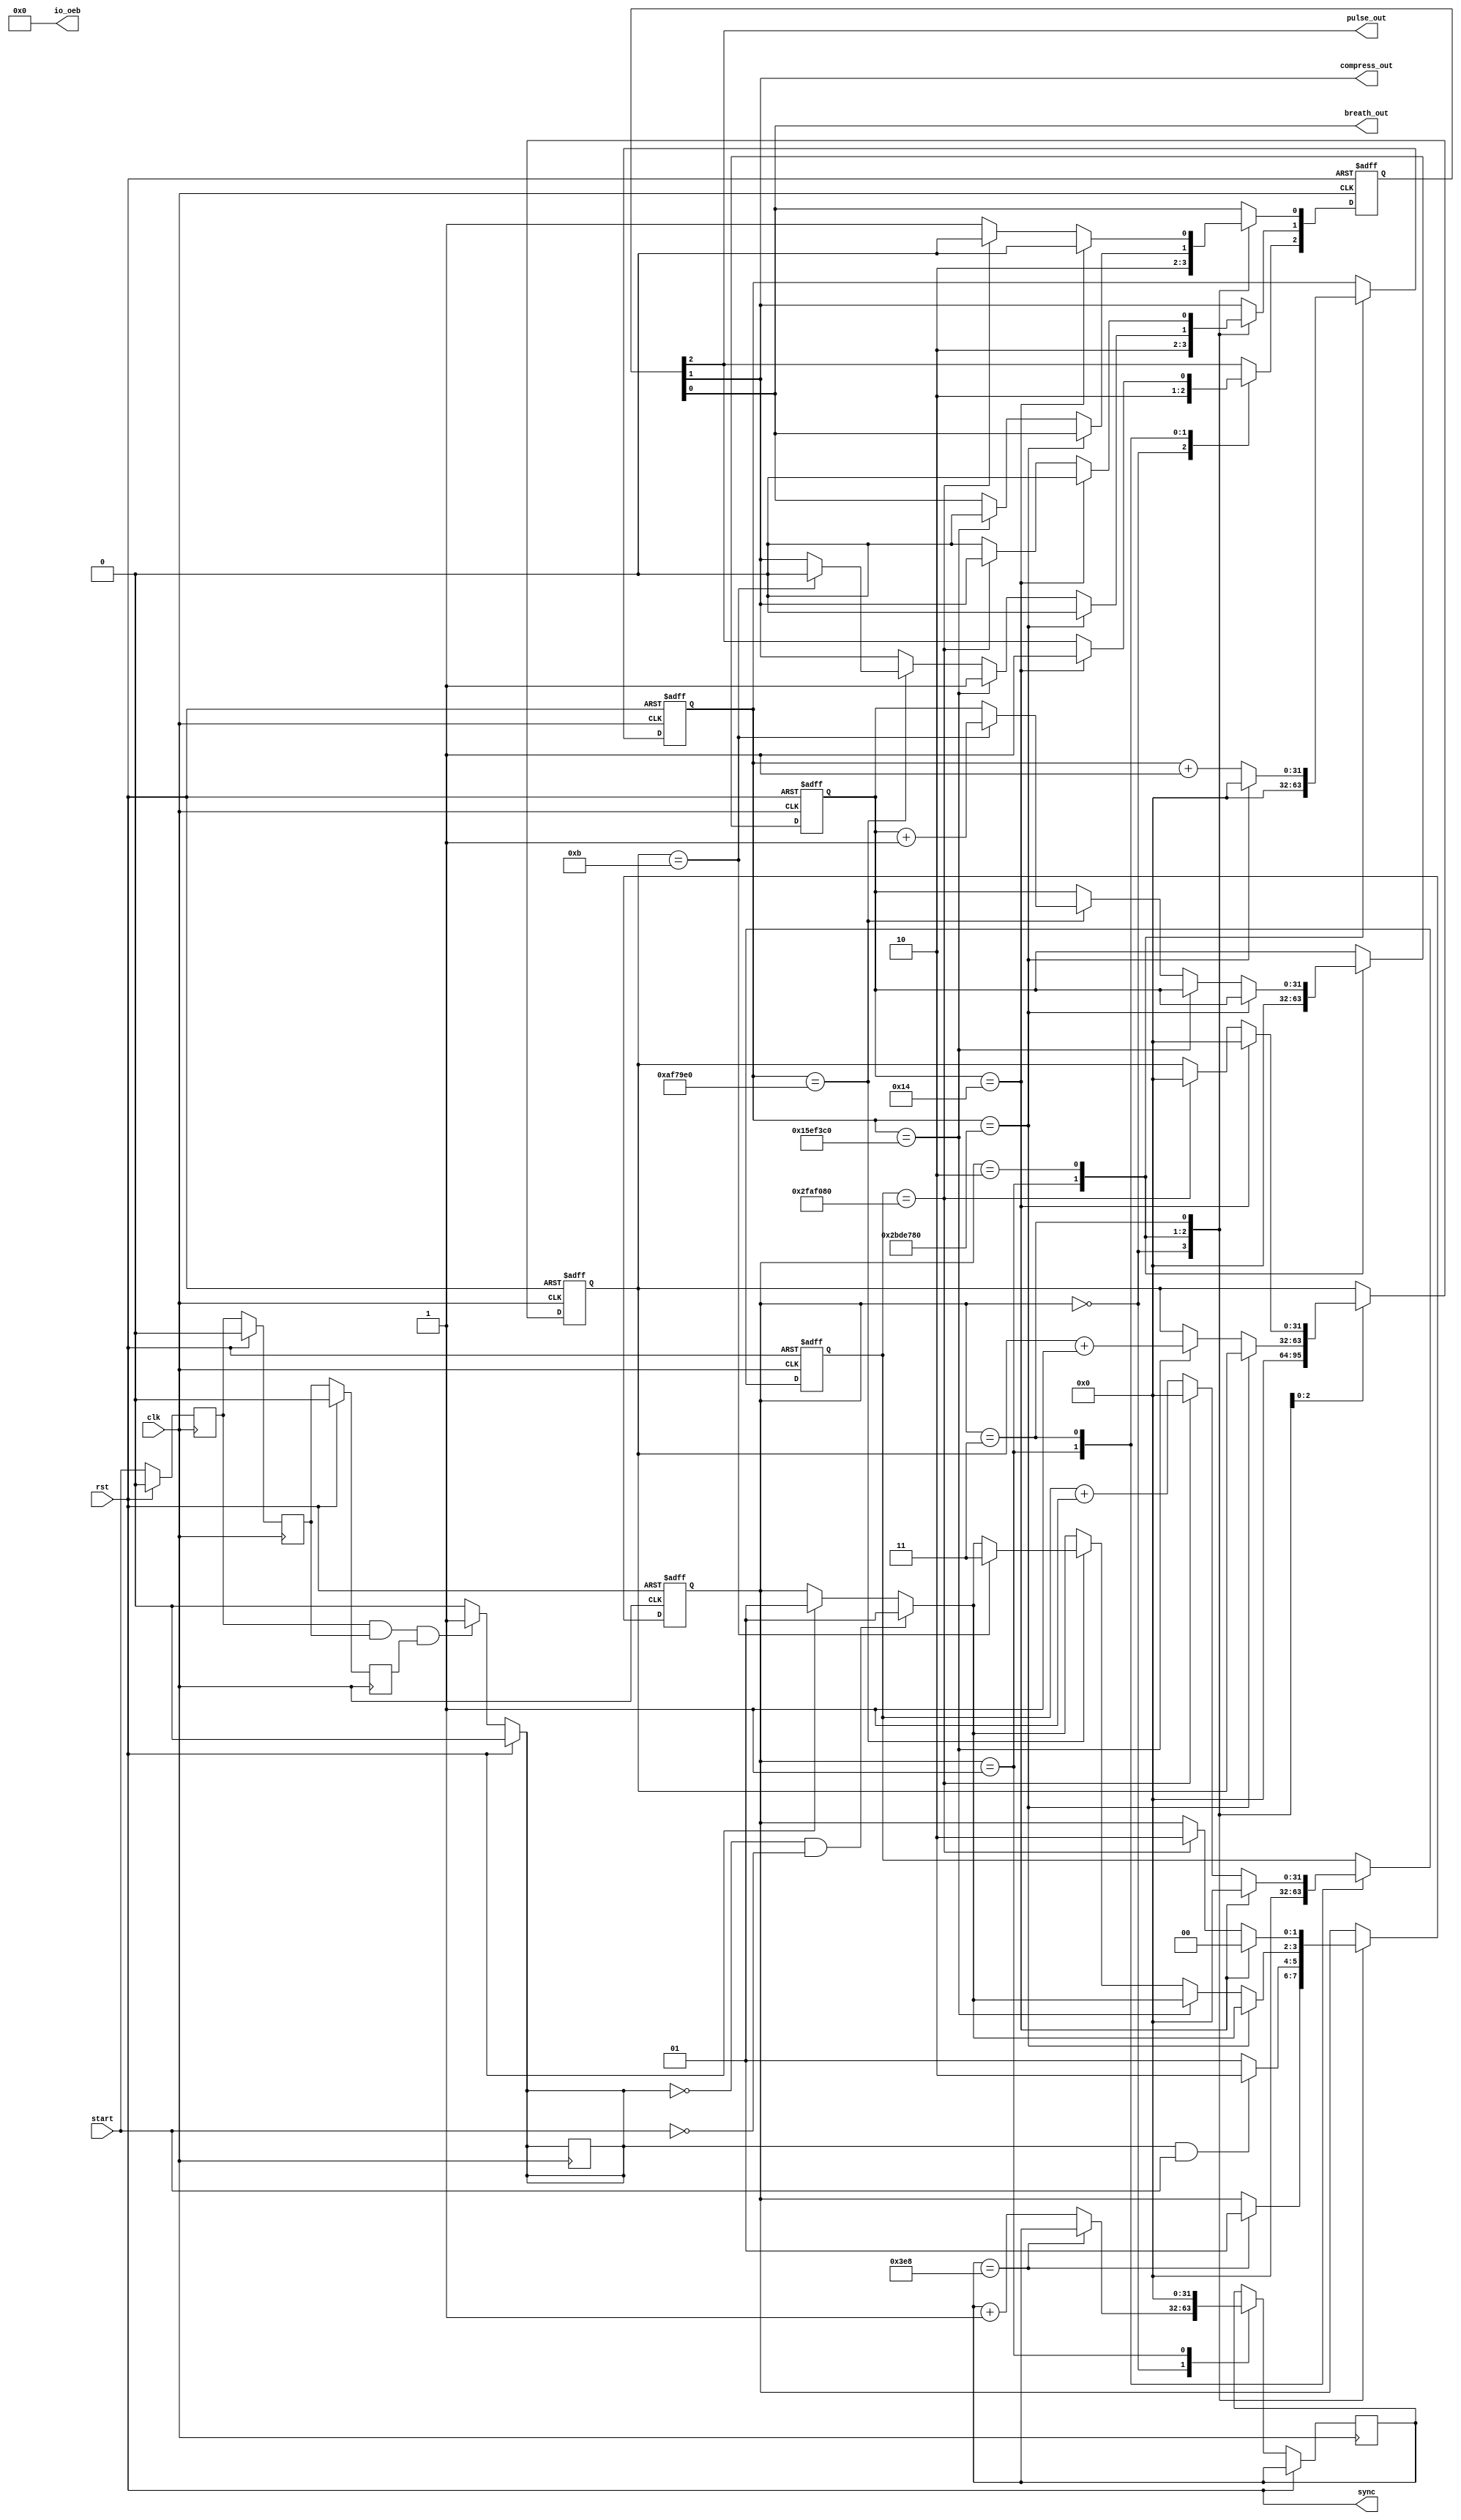
`default_nettype none
`timescale 1ns/1ns
module cpr(
`ifdef USE_POWER_PINS
	inout vccd1,	// User area 1 1.8V power
	inout vssd1,	// User area 1 digital ground
`endif
input clk,
input rst,
input start,
output breath_out,
output compress_out,
output pulse_out,
output [3:0] io_oeb,
output sync
);

assign io_oeb =4'b0;
assign sync = rst;

// Debounce Signals
wire debounced;
reg debounced_prev = 1'b0;
reg startCompress = 1'b0;
reg delay_1; reg delay_2; reg delay_3;  // Pulse Signals
parameter [1:0]
  ZERO = 0,
  IDLE = 1,
  COMPRESS = 2,
  BREATHE = 3,
  PULSE = 4;

reg [1:0] state = ZERO;
reg [31:0] compressTime = 0;
reg [31:0] zeroTime = 0;
wire [31:0] secTimeLimit = 50_000_000;  // 50_000_000 50MHZ 2 Times for asic time limit
wire [31:0] zeroTimeLimit = 1000;  //Reset Warning
wire [31:0] compressTimeLimit = 46_000_000;  //46_000_000 | 2.17390% percent of a second
wire [31:0] compressTimeLimitHalf = 23_000_000;  //23_000_000 | 2.17390% percent of a second
wire [31:0] compressTimeLimitQuarter = 11_500_000;  //11_500_000
reg [31:0] breathTime = 0;
reg [31:0] pulseTimecounter = 0;
reg [31:0] pulseTime = 0;
reg [2:0] signal_o = 1'b0;
reg [31:0] compressCount = 0;
reg [31:0] breatheCount = 0;

    `ifdef COCOTB_SIM
        initial begin
            $dumpfile ("cpr.vcd");
            $dumpvars (0, cpr);
            #1;
        end
    `endif

  always @(posedge clk) begin
    if(rst == 1'b1) begin
      delay_1 <= 1'b0;
      delay_2 <= 1'b0;
      delay_3 <= 1'b0;
    end else begin
      delay_1 <= start;
      delay_2 <= delay_1;
      delay_3 <= delay_2;
    end
  end

  assign debounced = delay_1 & delay_2 & delay_3;
  always @(debounced) begin
    //debounced_prev <= debounced;
    if((rst == 1'b1)) begin
      startCompress <= 1'b0;
    end
    else begin
      if((debounced == 1'b1 && debounced_prev == 1'b0)) begin
        startCompress <= 1'b1;
        // Start
      end
      else begin
        startCompress <= 1'b0;
      end
    end
  end

  // Cardiopulmonary resuscitation First Aid procedure according to AHA standards
  always @(posedge clk, posedge rst) begin
    if(rst == 1'b1) begin
      breathTime <= 0;
      compressTime <= 0;
      compressCount <= 0;
      breatheCount <= 0;
      pulseTimecounter <= 0;
      signal_o[0] <= 1'b0;
      signal_o[1] <= 1'b0;
      signal_o[2] <= 1'b0;
      state <= ZERO;
    end else begin
      case(state)
      ZERO : begin
        signal_o[0] <= 1'b1;
        signal_o[1] <= 1'b1;
        signal_o[2] <= 1'b1;
        if(zeroTime == zeroTimeLimit) begin
          state <= IDLE;
        end else begin
          zeroTime <= zeroTime + 1;
        end
      end
      IDLE : begin
        state <= IDLE;
        zeroTime<=0;
        breathTime <= 0;
        compressTime <= 0;
        pulseTime <= 0;
        compressCount <= 0;
        breatheCount <= 0;
        signal_o[0] <= 1'b0;
        signal_o[1] <= 1'b0;
        signal_o[2] <= 1'b0;
        if(startCompress == 1'b1 && start==1'b1) begin
          state <= COMPRESS;
        end
        else begin
          state <= IDLE;
        end
      end
      COMPRESS : begin
      if((rst == 1'b1)) begin
      	startCompress <= 1'b0;
      	state <= IDLE;
      end
      if(startCompress == 1'b0 && start==1'b0) begin
          state <= IDLE;
        end
        if(compressTime == compressTimeLimit) begin
          signal_o[1] <= 1'b0;
          compressTime <= 0;
        end
        else begin
          if(compressTime == compressTimeLimitHalf) begin
            compressCount <= compressCount + 1;
            signal_o[1] <= 1'b1;
            signal_o[0] <= 1'b0;
          end
          else if(compressTime == compressTimeLimitQuarter) begin
            if(compressCount == 11) begin
              signal_o[1] <= 1'b0;
              breatheCount <= breatheCount + 1;
              state <= BREATHE;
            end
          end
          compressTime <= compressTime + 1;
        end
      end
      BREATHE : begin
        if(breatheCount == 20) begin
          breathTime <= 0;
          compressCount <= 0;
          signal_o[0] <= 1'b0;
          signal_o[1] <= 1'b0;
          signal_o[2] <= 1'b1;
          state <= PULSE;
        end
        else begin
          signal_o[0] <= 1'b1;
          if(breathTime == secTimeLimit) begin
            breathTime <= 0;
            signal_o[0] <= 1'b0;
            compressCount <= 0;
            state <= COMPRESS;
          end
          else begin
            signal_o[1] <= 1'b0;
            breathTime <= breathTime + 1;
          end
        end
      end
      PULSE : begin
        if(pulseTimecounter == 2) begin
          pulseTimecounter <= 0;
          signal_o[2] <= 1'b0;
          state <= COMPRESS;
        end
        else begin
          signal_o[0] <= 1'b0;
          signal_o[1] <= 1'b0;
          signal_o[2] <= 1'b1;
          if(pulseTime == secTimeLimit) begin
            pulseTimecounter <= pulseTimecounter + 1;
            breatheCount <= 0;
            pulseTime <= 0;
            signal_o[0] <= 1'b0;
            signal_o[1] <= 1'b0;
          end
          else begin
            pulseTime <= pulseTime + 1;
          end
        end
      end
      default : begin
        state <= IDLE;
      end
      endcase
    end
  end

  assign breath_out = signal_o[0];
  assign compress_out = signal_o[1];
  assign pulse_out = signal_o[2];
endmodule